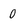
Character: 0